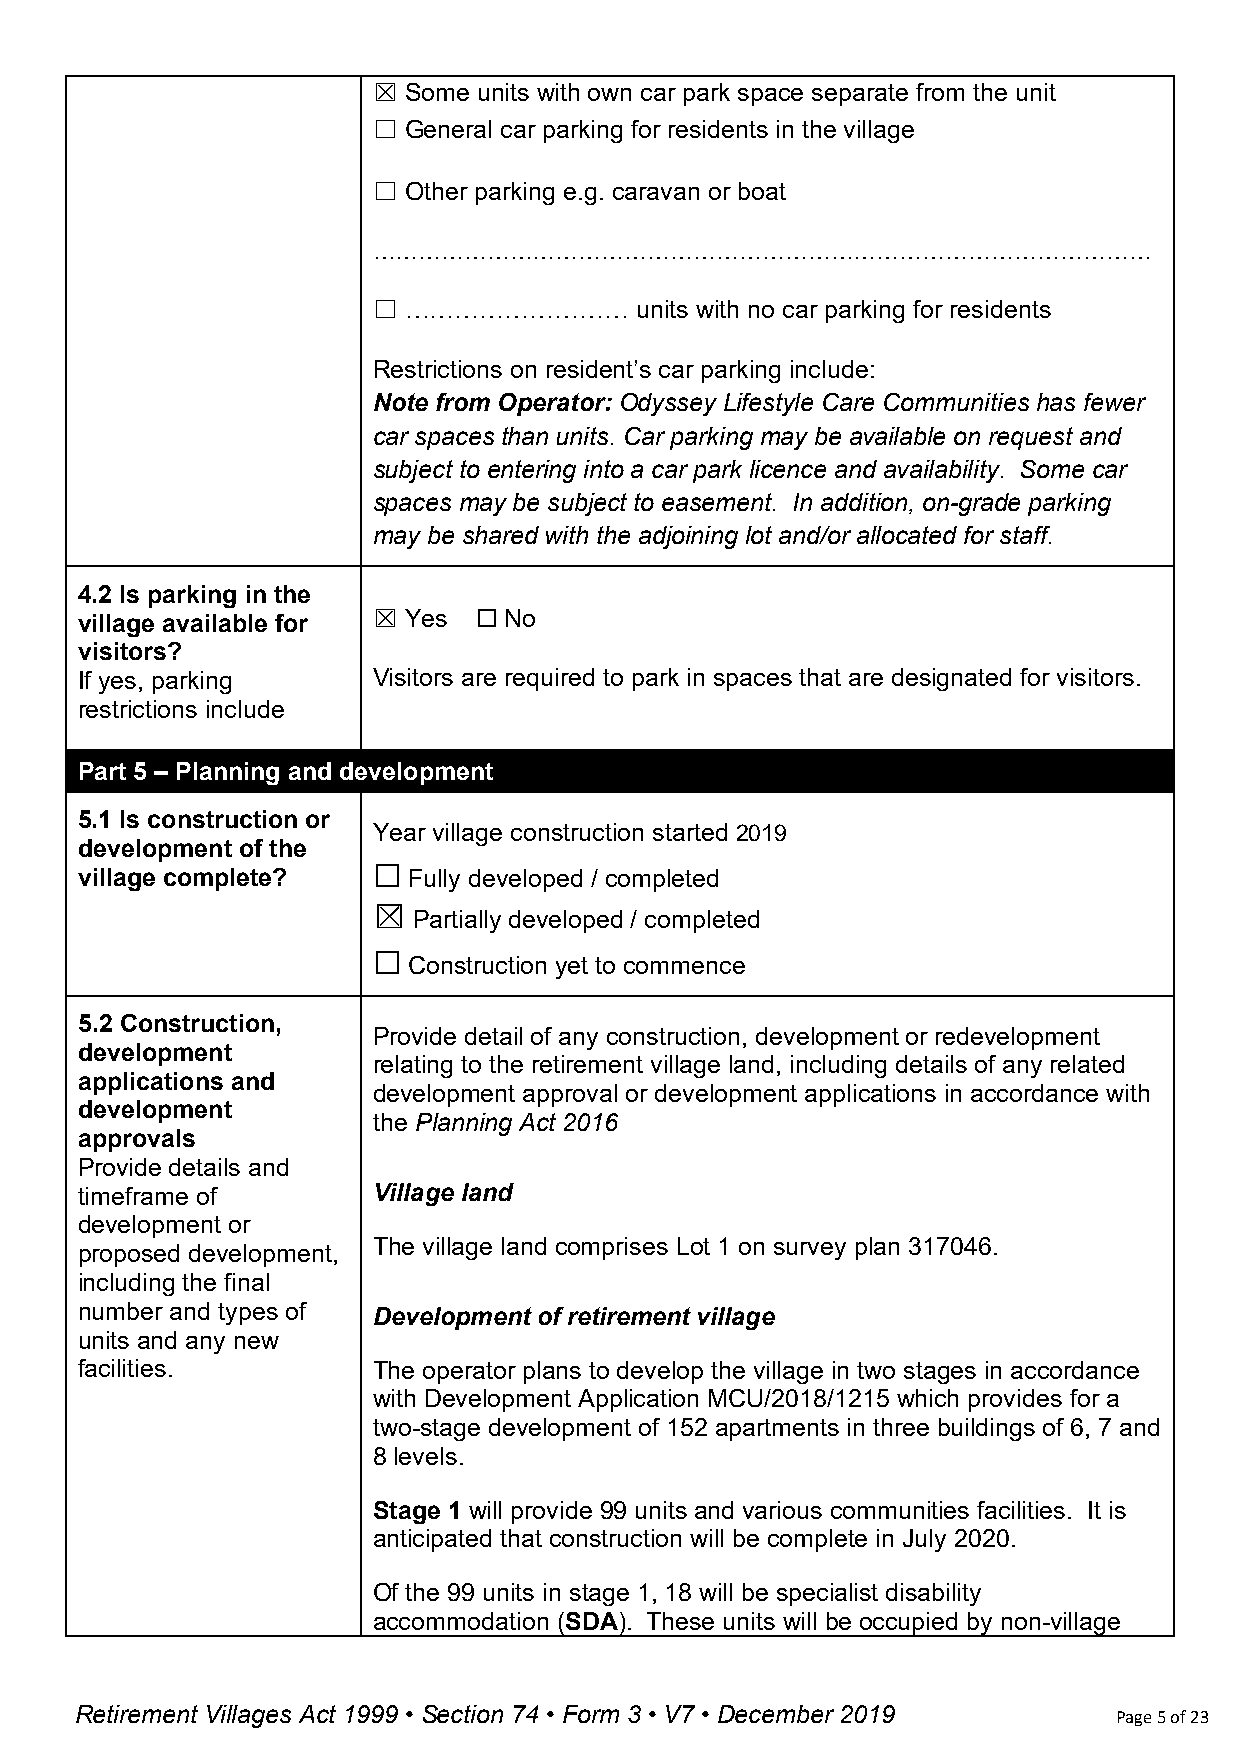
☒ Some units with own car park space separate from the unit
 ☐ General car parking for residents in the village
 ☐ Other parking e.g. caravan or boat
 …………………………………………………………………………………………
 ☐ ………………………      units with no car parking for residents
 Restrictions on resident’s car parking include:
 Note from Operator: Odyssey Lifestyle Care Communities has fewer
 car spaces than units. Car parking may be available on request and
 subject to entering into a car park licence and availability. Some car
 spaces may be subject to easement. In addition, on-grade parking
 may be shared with the adjoining lot and/or allocated for staff.
 4.2 Is parking in the
 ☒ Yes   No
 village available for     ☐
 visitors?
 If yes, parking     Visitors are required to park in spaces that are designated for visitors.
 restrictions include
 Part 5 – Planning and development
 5.1 Is construction or
 Year village construction started 2019
 development of the
 village complete?     Fully developed / completed
 ☐
 ☒
 Partially developed / completed
 Construction yet to commence
 ☐
 5.2 Construction,
 Provide detail of any construction, development or redevelopment
 development
 relating to the retirement village land, including details of any related
 applications and
 development approval or development applications in accordance with
 development
 the Planning Act 2016
 approvals
 Provide details and
 timeframe of        Village land
 development or
 The village land comprises Lot 1 on survey plan 317046.
 proposed development,
 including the final
 number and types of
 Development of retirement village
 units and any new
 facilities.         The operator plans to develop the village in two stages in accordance
 with Development Application MCU/2018/1215 which provides for a
 two-stage development of 152 apartments in three buildings of 6, 7 and
 8 levels.
 Stage 1 will provide 99 units and various communities facilities. It is
 anticipated that construction will be complete in July 2020.
 Of the 99 units in stage 1, 18 will be specialist disability
 accommodation (SDA). These units will be occupied by non-village
 Retirement Villages Act 1999 • Section 74 • Form 3 • V7 • December 2019 Page 5 of 23